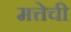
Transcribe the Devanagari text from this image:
मत्तेची